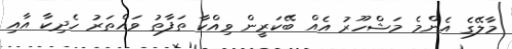
މާލޭގެ އެންމެ މަޝްހޫރު އެއް ބޭކަރީން ވިއްކާ ތަފާތު ވައްތަރު ހެދިކާ އާއި